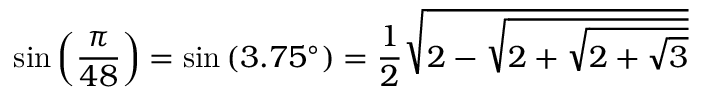
\sin \left( { \frac { \pi } { 4 8 } } \right) = \sin \left( 3 . 7 5 ^ { \circ } \right) = { \frac { 1 } { 2 } } { \sqrt { 2 - { \sqrt { 2 + { \sqrt { 2 + { \sqrt { 3 } } } } } } } }